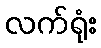
လက်ရုံး